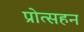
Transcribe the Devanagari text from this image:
प्रोत्सहन